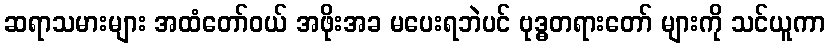
ဆရာသမားများ အထံတော်ဝယ် အဖိုးအခ မပေးရဘဲပင် ဗုဒ္ဓတရားတော် များကို သင်ယူကာ